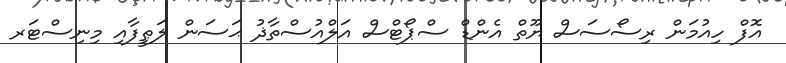
އޮފް ހިއުމަން ރިސޯސަސް ޔޫތް އެންޑް ސްޕޯޓްސް އަލްއުސްތާޛު ޙަސަން ލަޠީފާއި މިނިސްޓަރ